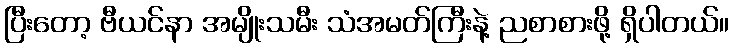
ပြီးတော့ ဗီယင်နာ အမျိုးသမီး သံအမတ်ကြီးနဲ့ ညစာစားဖို့ ရှိပါတယ်။